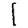
Digit: 1